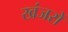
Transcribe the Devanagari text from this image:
खंजरों